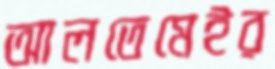
আলতেমেইর